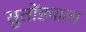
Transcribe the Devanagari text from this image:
सुतोंड्याला